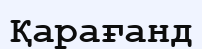
Қарағанд